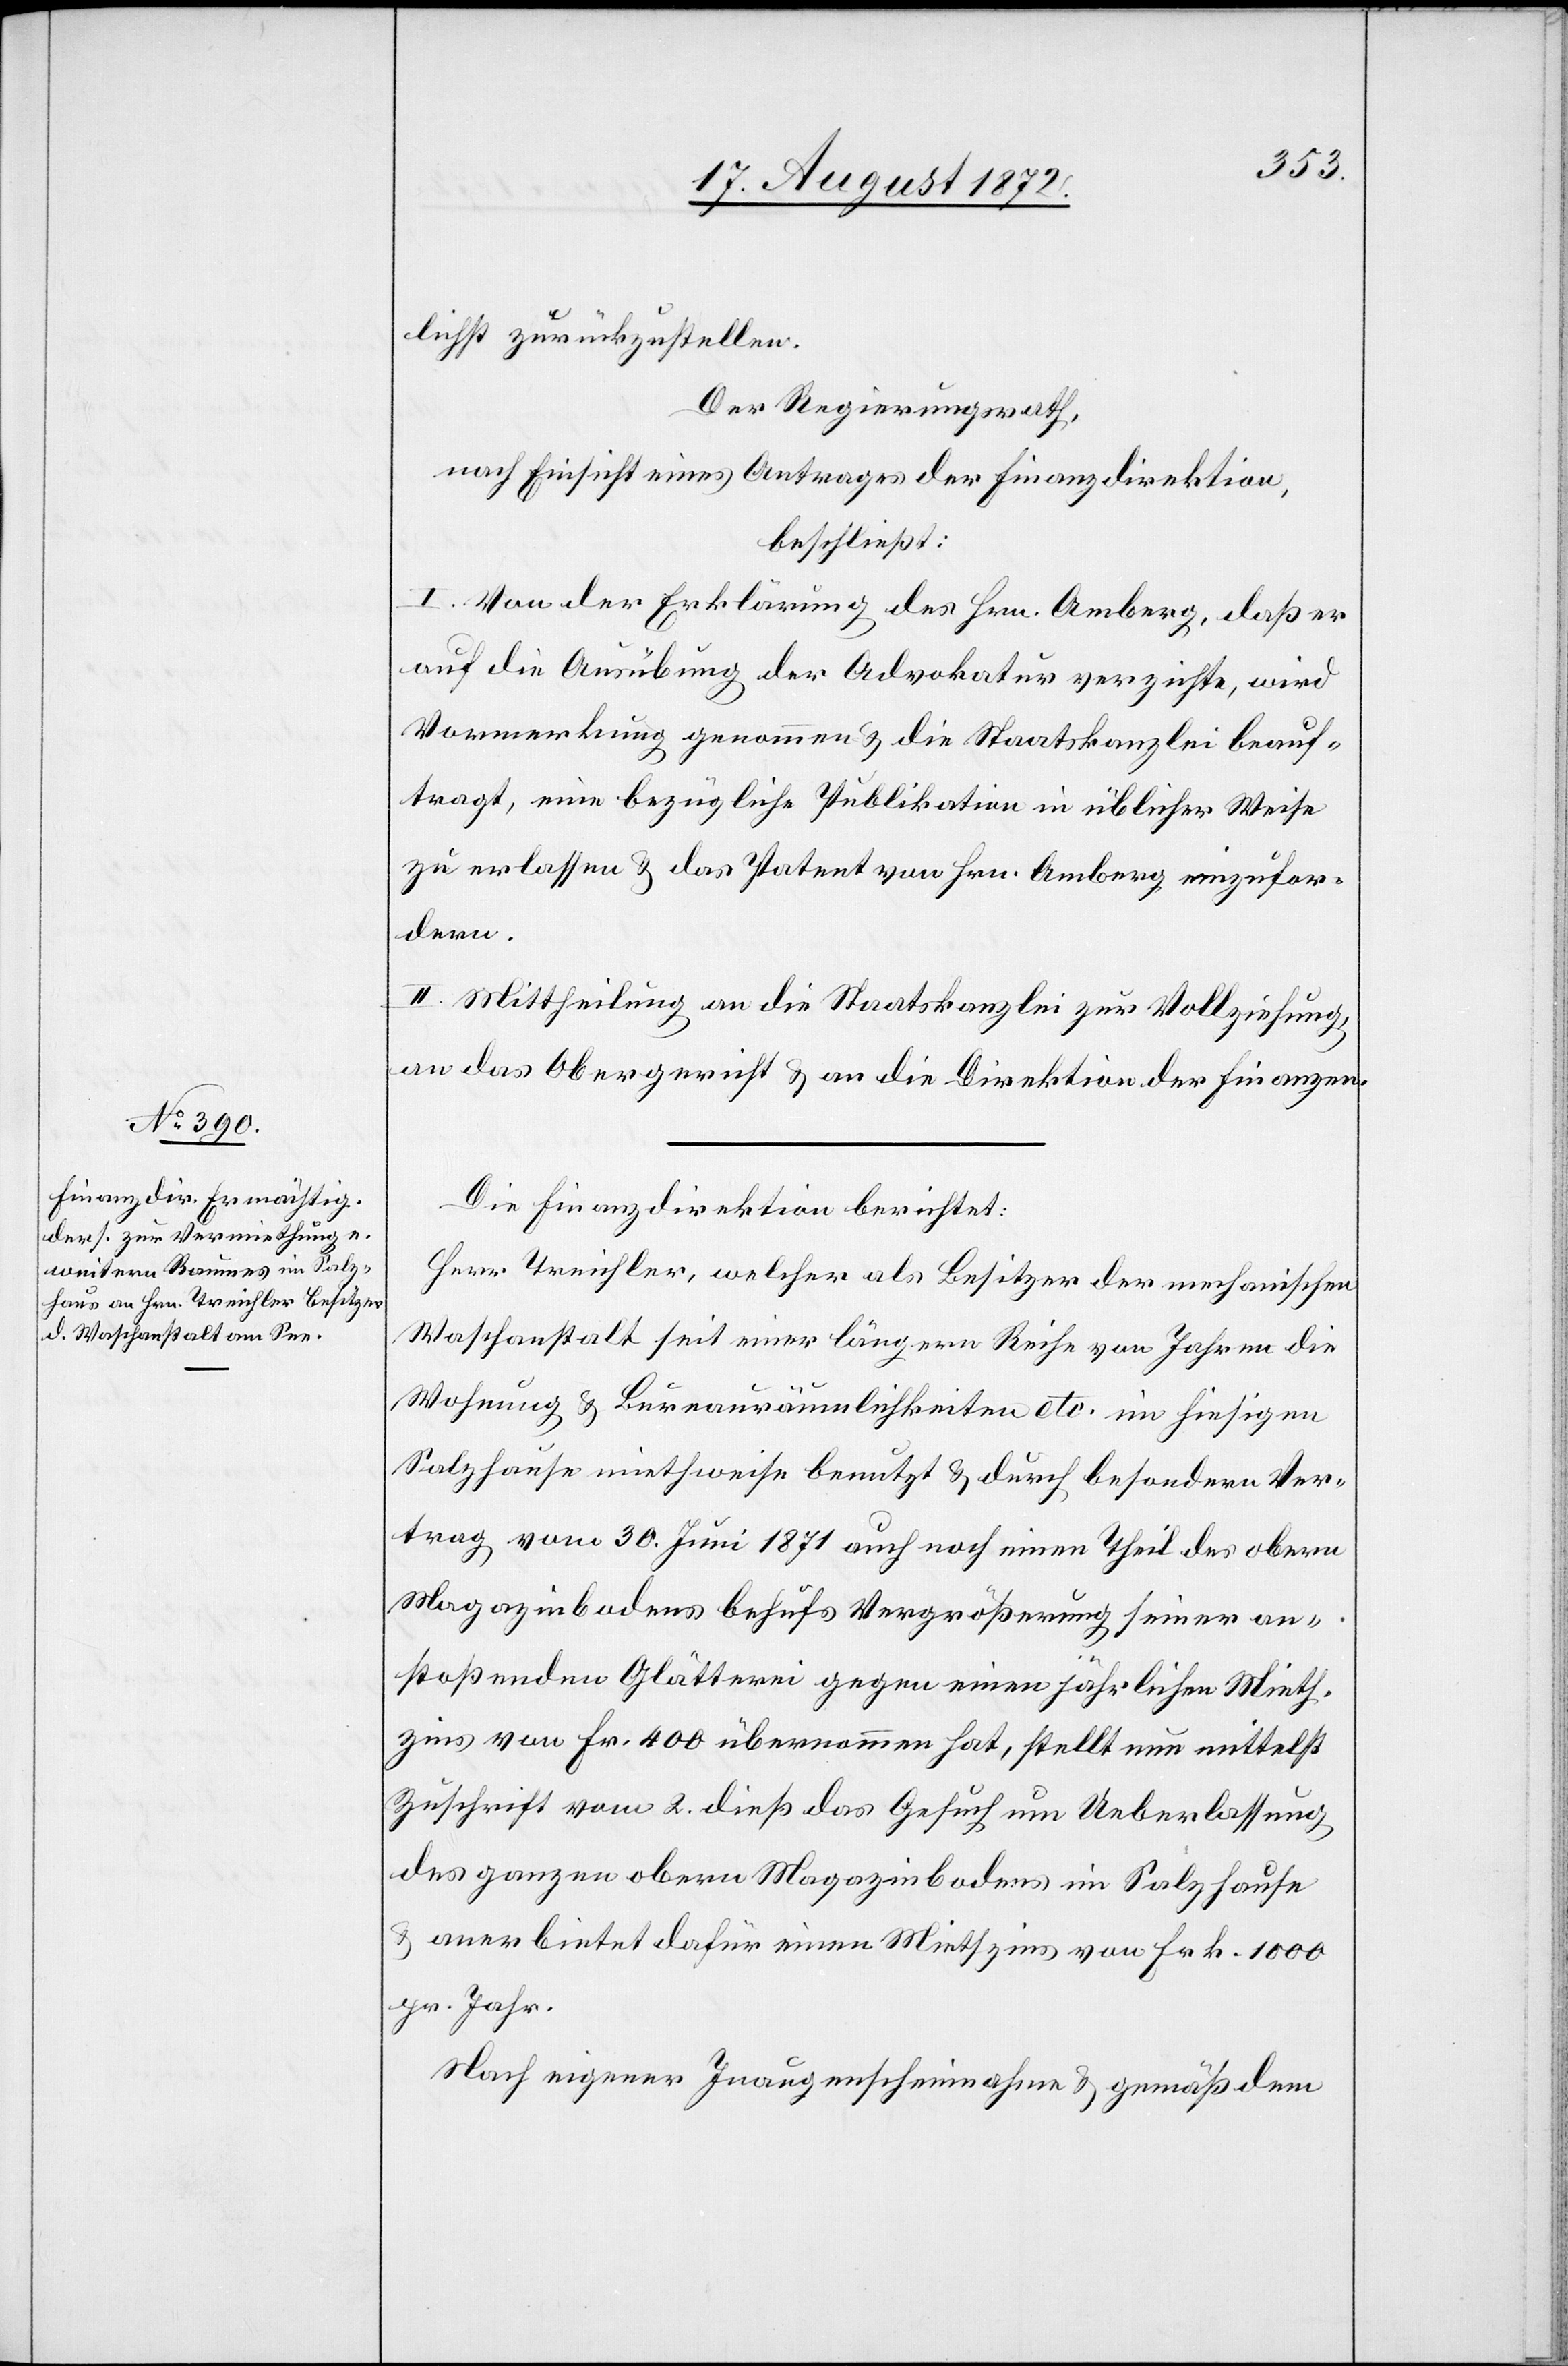
lichst zurückzustellen.
Der Regierungsrath,
nach Einsicht eines Antrages der Finanzdirektion,
beschließt:
I. Von der Erklärung des Hrn. Amberg, daß er
auf die Ausübung der Advokatur verzichte, wird
Vormerkung genommen u. die Staatskanzlei beauf¬
tragt, eine bezügliche Publikation in üblicher Weise
zu erlassen u. das Patent von Hrn. Amberg einzufor¬
dern.
II. Mittheilung an die Staatskanzlei zur Vollziehung
an das Obergericht u. an die Direktion der Finanzen.
Die Finanzdirektion berichtet:
Herr Treichler, welcher als Besitzer der mechanischen
Waschanstalt seit einer längern Reihe von Jahren die
Wohnung u. Bureauräumlichkeiten etc. im hiesigen
Salzhause miethweise benutzt u. durch besondern Ver¬
trag vom 30. Juni 1871 auch noch einen Theil des obern
Magazinbodens behufs Vergrößerung seiner an¬
stoßenden Glätterei gegen einen jährlichen Mieth¬
zins von Fr. 400 übernommen hat, stellt nun mittelst
Zuschrift vom 2. dieß das Gesuch um Ueberlassung
des ganzen obern Magazinbodens im Salzhause
u. anerbietet dafür einen Miethzins von Frk. 1000
pr. Jahr.
Nach eigener Inaugenscheinnahme u. gemäß dem